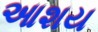
આશય